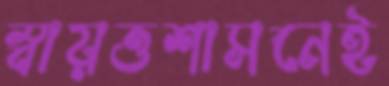
স্বায়ত্তশাসনেই